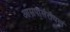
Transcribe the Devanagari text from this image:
आसपासरॉयल